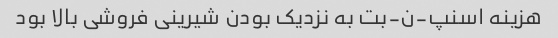
هزینه اسنپ-ن-بت به نزدیک بودن شیرینی فروشی بالا بود